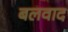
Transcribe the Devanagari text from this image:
बलवाद